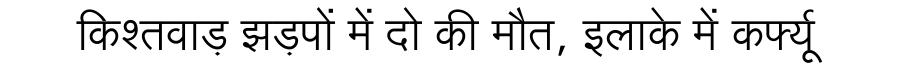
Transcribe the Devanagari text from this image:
किश्तवाड़ झड़पों में दो की मौत, इलाके में कर्फ्यू